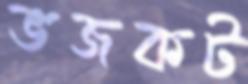
ভজকট